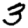
Digit: 3